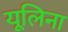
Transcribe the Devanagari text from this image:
यूलिना